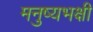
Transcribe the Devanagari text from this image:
मनुष्यभक्षी